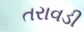
તરાવડી